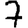
Digit: 7